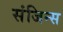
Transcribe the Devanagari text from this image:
संजिन्स